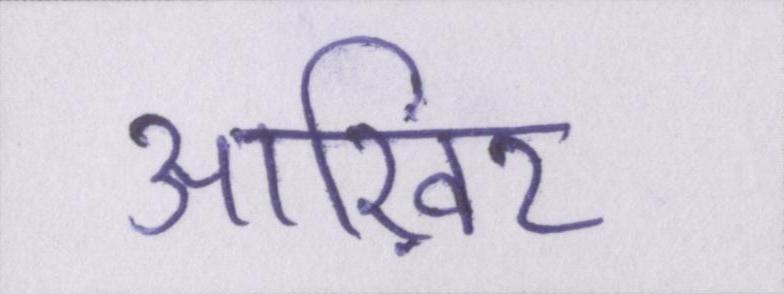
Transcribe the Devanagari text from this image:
आख़िर